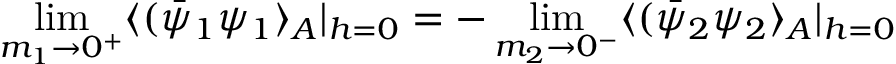
\operatorname * { l i m } _ { m _ { 1 } \rightarrow 0 ^ { + } } \langle ( \bar { \psi } _ { 1 } \psi _ { 1 } \rangle _ { A } | _ { h = 0 } = - \operatorname * { l i m } _ { m _ { 2 } \rightarrow 0 ^ { - } } \langle ( \bar { \psi } _ { 2 } \psi _ { 2 } \rangle _ { A } | _ { h = 0 }